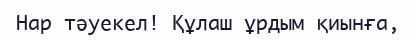
Нар тәуекел! Құлаш ұрдым қиынға,